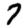
Digit: 7